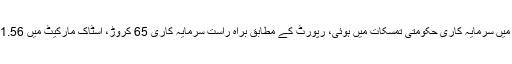
سرکاری شعبے میں سرمایہ کاری حکومتی تمسکات میں ہوئی، رپورٹ کے مطابق براہ راست سرمایہ کاری 65 کروڑ، اسٹاک مارکیٹ میں 1.56 کروڑ ڈالر رہی۔